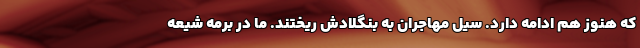
که هنوز هم ادامه دارد. سیل مهاجران به بنگلادش ریختند. ما در برمه شیعه